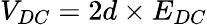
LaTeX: V_{DC}=2d\times E_{DC}